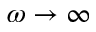
\omega \rightarrow \infty